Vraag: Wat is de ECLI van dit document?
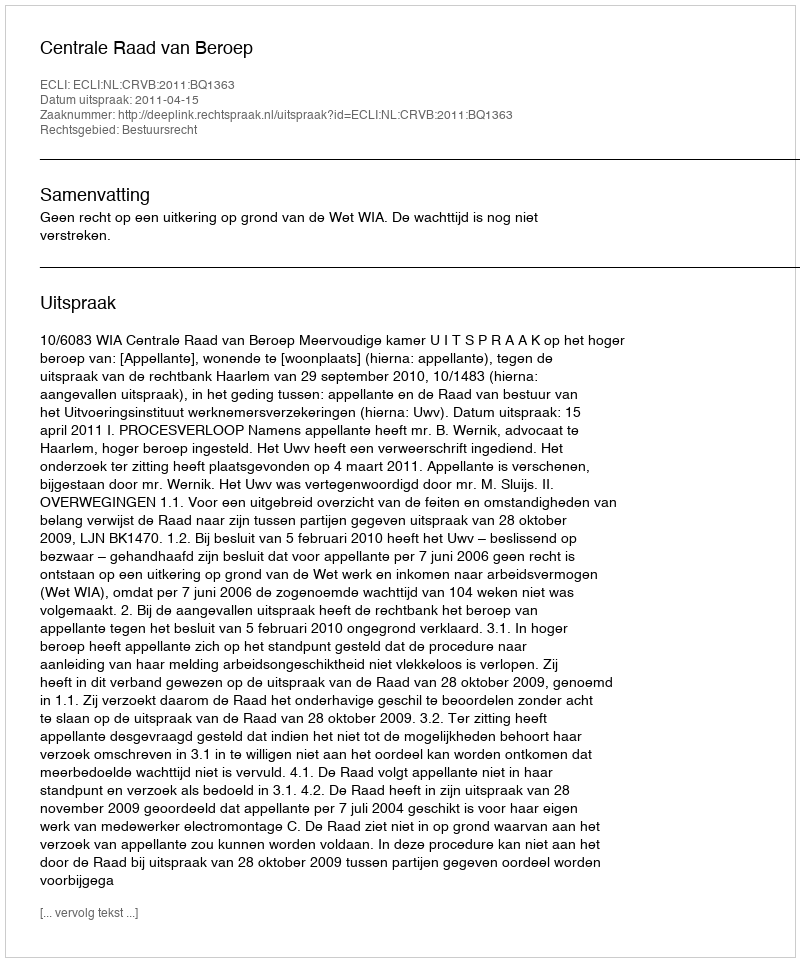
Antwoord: ECLI:NL:CRVB:2011:BQ1363